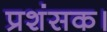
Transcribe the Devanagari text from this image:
प्रशंसक।